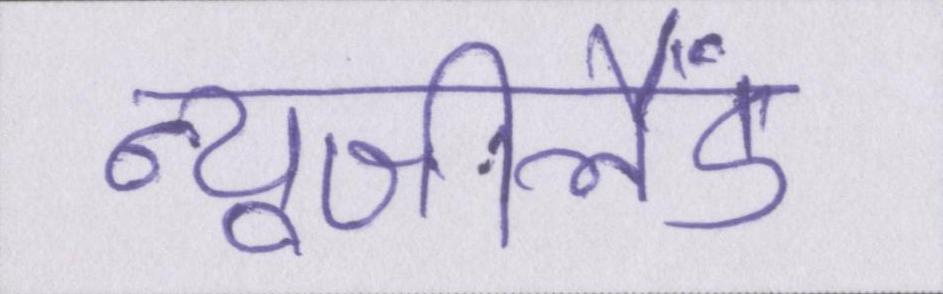
न्यूजीलैंड